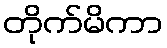
တိုက်မိကာ